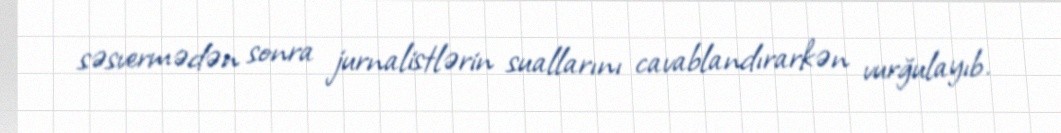
səsvermədən sonra jurnalistlərin suallarını cavablandırarkən vurğulayıb.